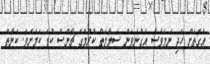
އެގޮތަށް ހެދި ނަމަވެސް އެގުނަވަން ސަލާމަތް ކުރުމުގެ ޗާންސް ކުޑަ ކަމަށެވެ. ކަނާތް